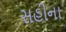
સહીના